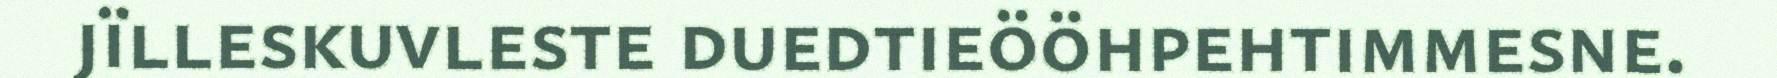
jïlleskuvleste duedtieööhpehtimmesne.